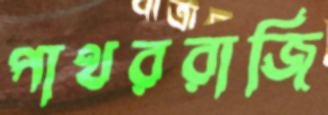
পাথররাজি